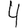
Digit: 4